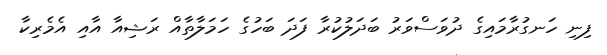
ފިނި ހަނގުރާމައިގެ ދުވަސްވަރު ބަދަލުކުރާ ފަދަ ބަހުގެ ހަމަލާތާއް ރަޝިއާ އާއި އެމެރިކާ